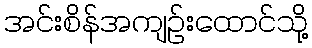
အင်းစိန်အကျဉ်းထောင်သို့